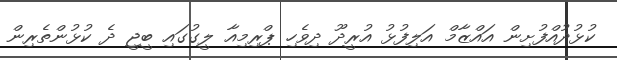
ކުޅުދުއްފުށިން އައްޒާމް އަލިފުޅު އުރީދޫ ދިވެހި ޕްރިމިއާ ލީގުގައި ބީޖީ ދެ ކުޅުންތެރިން